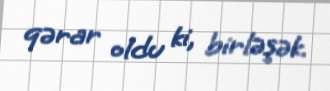
qərar oldu ki, birləşək.